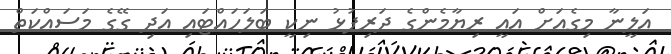
އަލީނާ މިގެއަށް އައީ ރިޔާމެންގެ ދަރިފުޅު ނިކީ ބަލަހައްޓައި އަދި ގޭގެ މަސައްކަތް